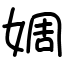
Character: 婤